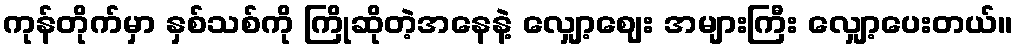
ကုန်တိုက်မှာ နှစ်သစ်ကို ကြိုဆိုတဲ့အနေနဲ့ လျှော့ဈေး အများကြီး လျှော့ပေးတယ်။